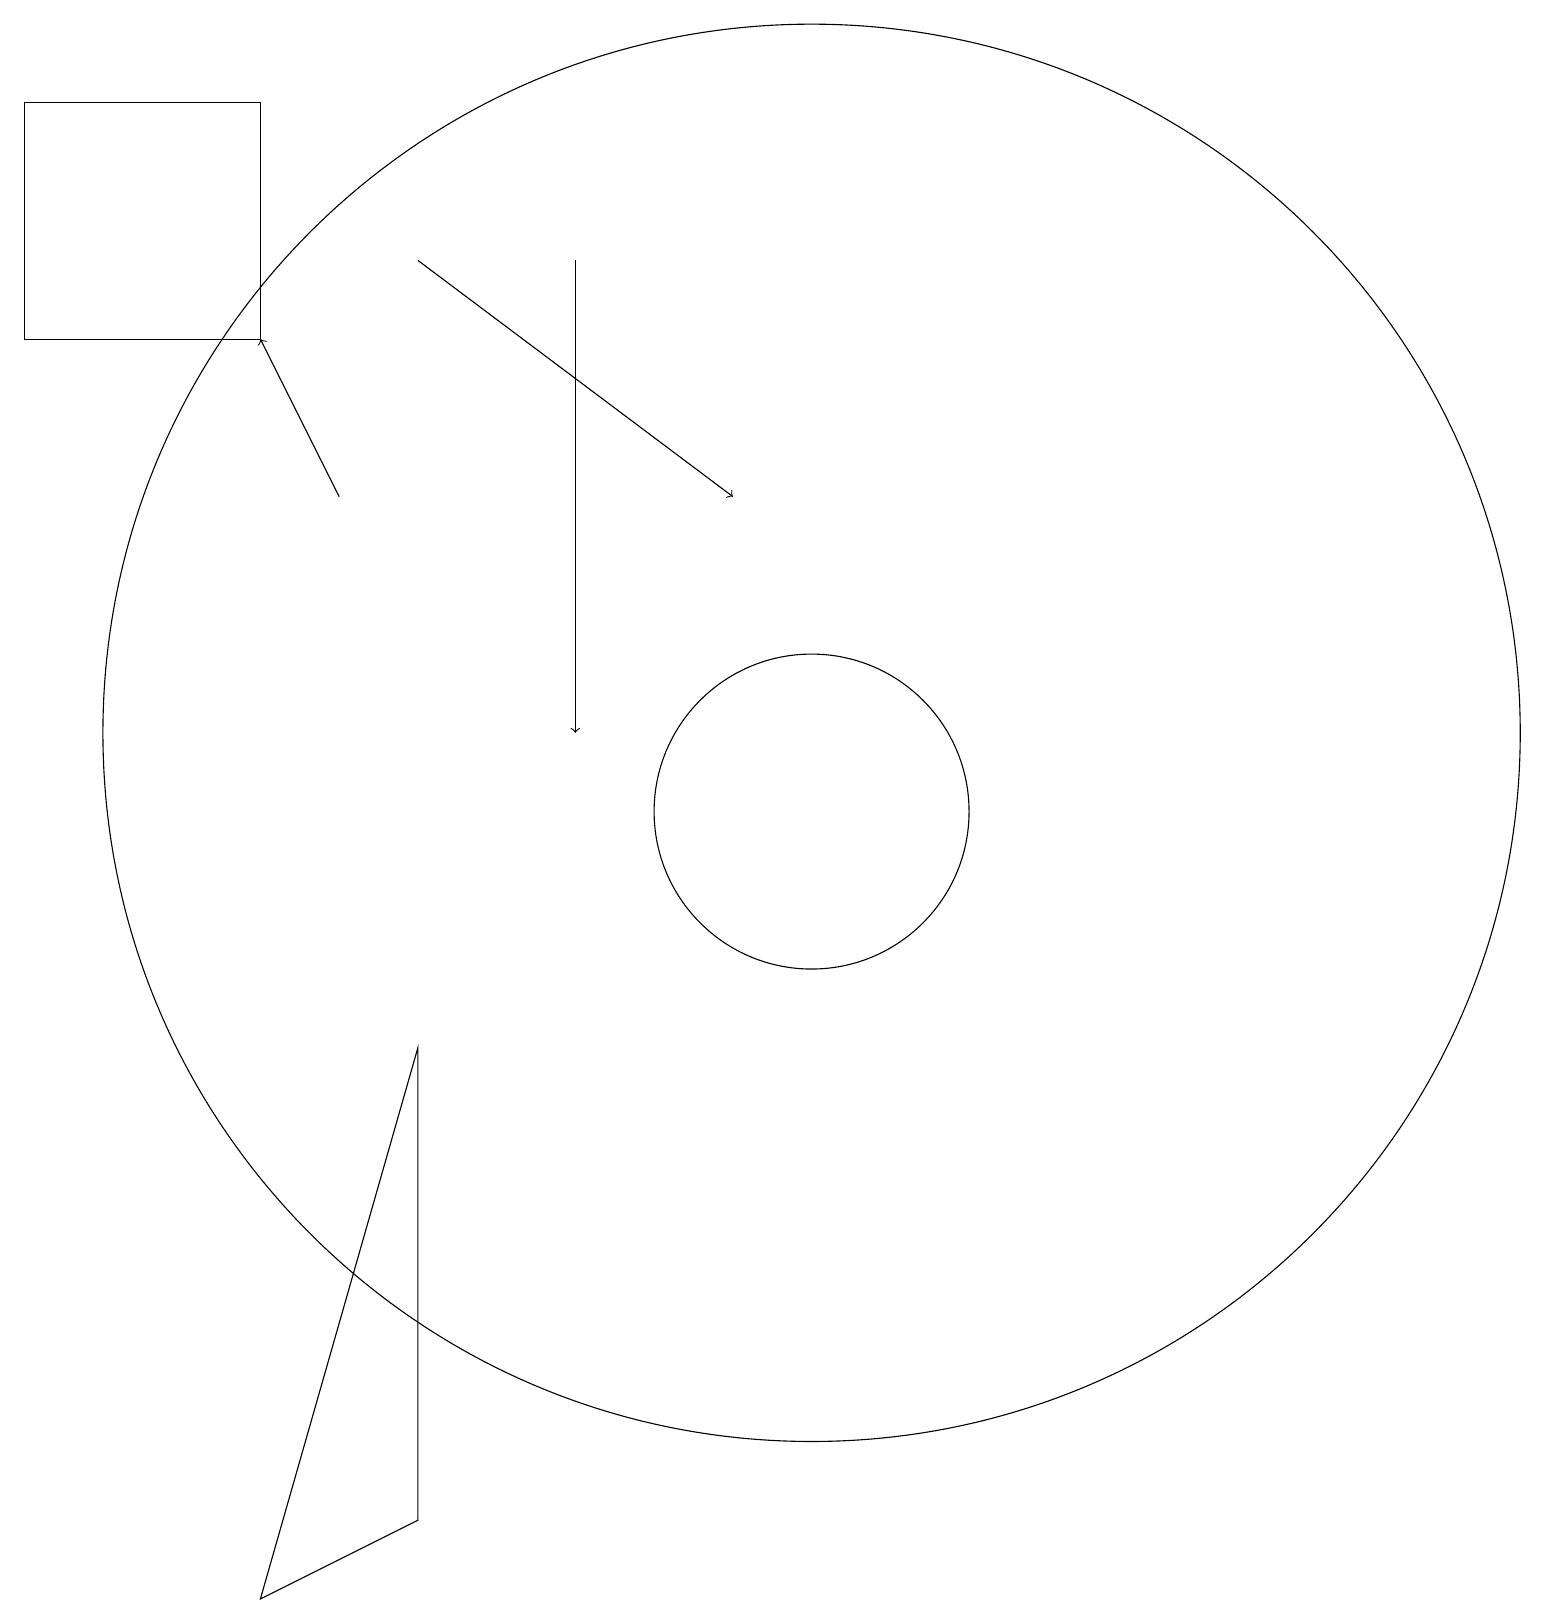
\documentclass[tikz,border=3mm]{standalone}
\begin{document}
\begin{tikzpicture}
\draw (5,1) -- (5,7) -- (3,0) -- cycle;
\draw[->] (4,14) -- (3,16);
\draw (10,10) circle (2);
\draw[->] (7,17) -- (7,11);
\draw[->] (5,17) -- (9,14);
\draw (10,11) circle (9);
\draw (3,16) rectangle (0,19);
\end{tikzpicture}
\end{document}